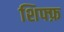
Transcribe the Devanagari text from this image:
शिफ्फ़